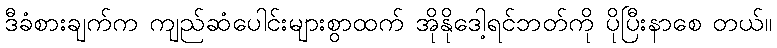
ဒီခံစားချက်က ကျည်ဆံပေါင်းများစွာထက် အိုနိုဒေါ့ရင်ဘတ်ကို ပိုပြီးနာစေ တယ်။